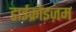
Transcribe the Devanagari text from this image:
डाईक्रोइज़म